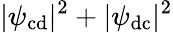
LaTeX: |\psi_{\mathrm{cd}}|^{2}+|\psi_{\mathrm{dc}}|^{2}